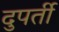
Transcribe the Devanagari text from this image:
दुपर्ती